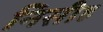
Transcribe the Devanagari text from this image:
निसीह